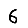
Digit: 6